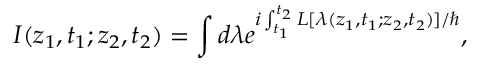
I ( z _ { 1 } , t _ { 1 } ; z _ { 2 } , t _ { 2 } ) = \int d \lambda e ^ { i \int _ { t _ { 1 } } ^ { t _ { 2 } } { \cal { L } } [ \lambda ( z _ { 1 } , t _ { 1 } ; z _ { 2 } , t _ { 2 } ) ] / \hbar } ,